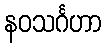
နဝသင်္ဂဟာ